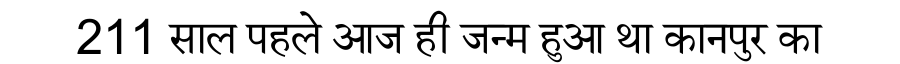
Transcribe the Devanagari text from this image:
211 साल पहले आज ही जन्म हुआ था कानपुर का